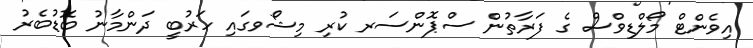
އިވެންޓް މޯލްޑިވްސް ގެ ފަރާތުން ސްޕޮންސަރ ކުރި މިޝޯވގައި ހަރުބީ ދަންމާނު ބޮޑުބެރު